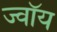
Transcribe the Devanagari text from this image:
ज्वॉय